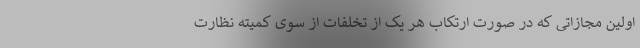
اولین مجازاتی که در صورت ارتکاب هر یک از تخلفات از سوی کمیته نظارت